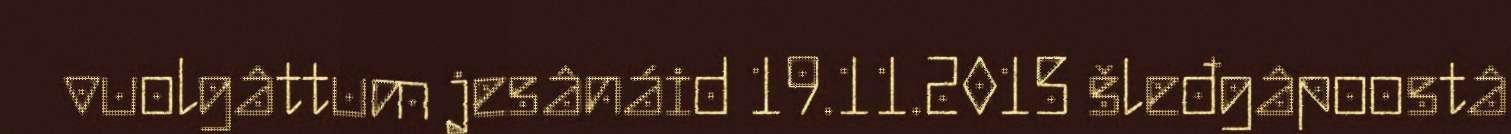
vuolgâttum jesânáid 19.11.2015 šleđgâpoostâ